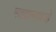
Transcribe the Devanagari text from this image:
मतदानाकडे